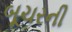
બૂચરની